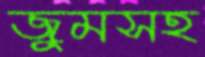
জুমসহ